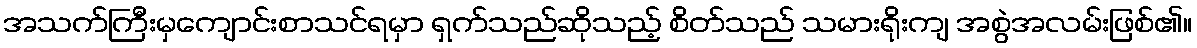
အသက်ကြီးမှကျောင်းစာသင်ရမှာ ရှက်သည်ဆိုသည့် စိတ်သည် သမားရိုးကျ အစွဲအလမ်းဖြစ်၏။